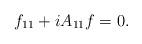
LaTeX: \begin{align*}f_{11}+iA_{11}f=0. \end{align*}